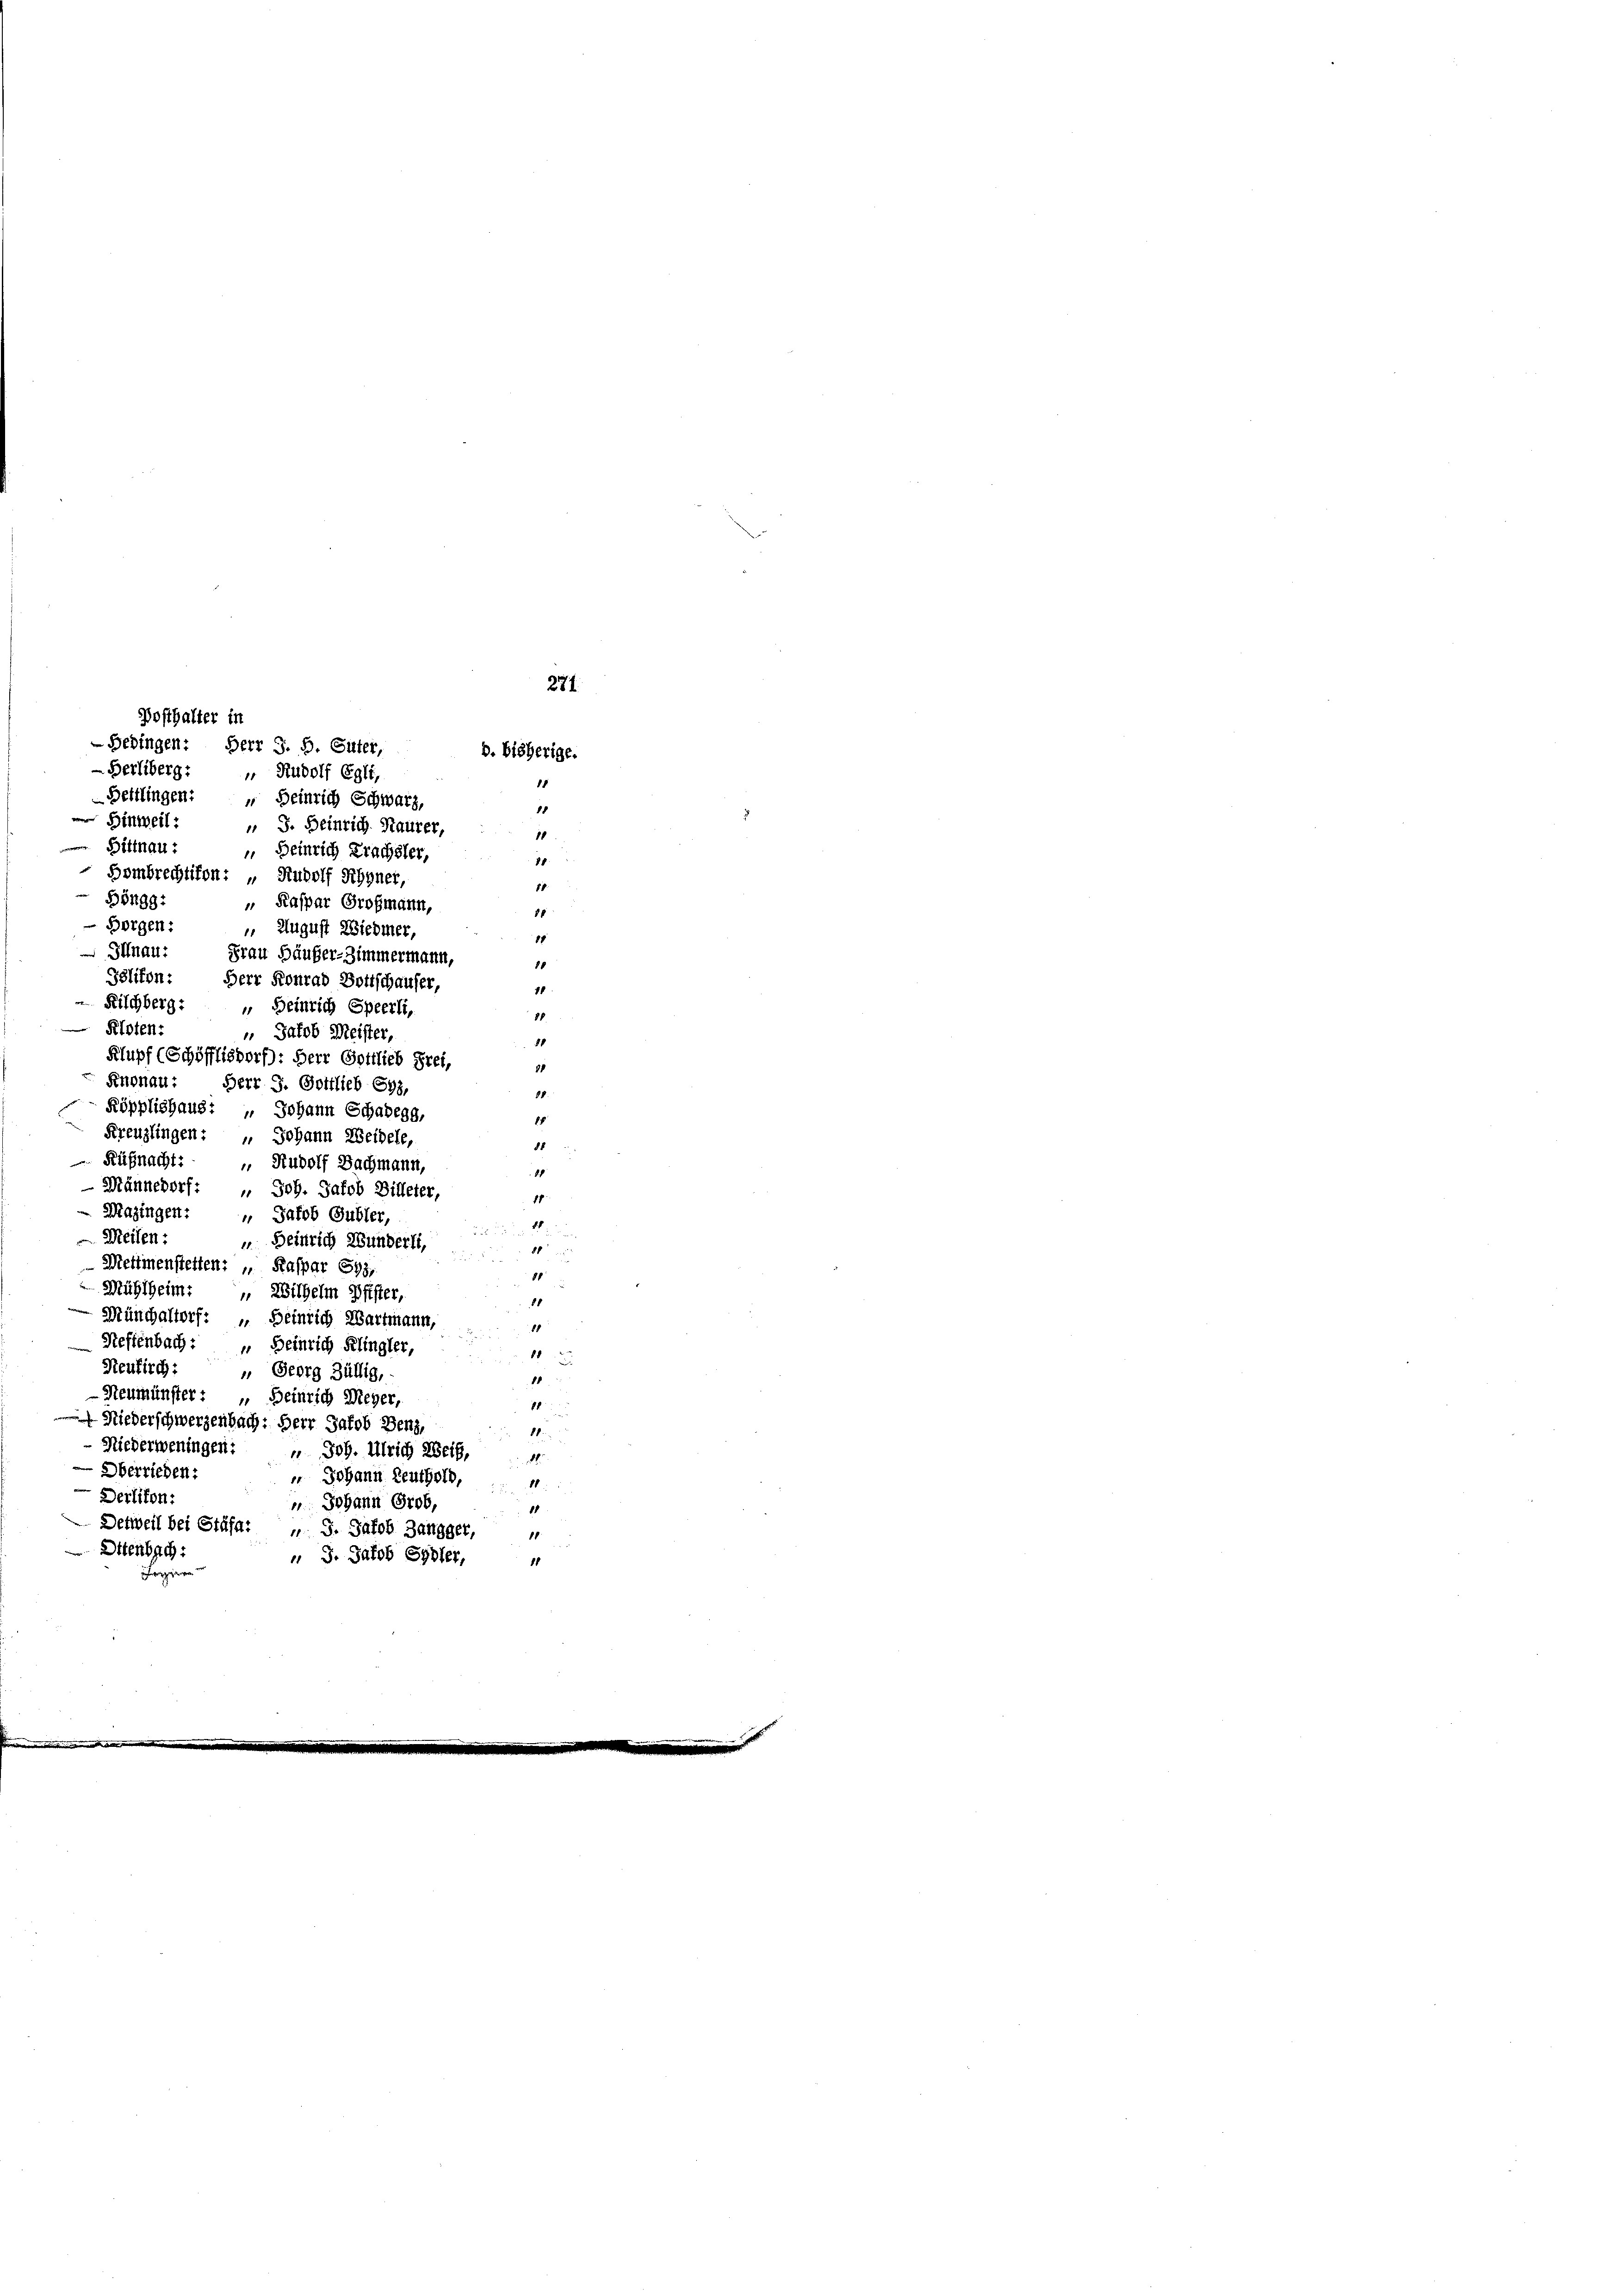
Posthalter in
-Berliberg:
 Hinweil:
 J. Heinrich Maurer,
1
Bittnau:
 Heinrich Krachsler,
18
Hombrechtikon: „ Rudolf Rhyner,
1
B5299.
„ Kaspar Großmann,
88
 Borgen:
 August Wiedmer,
87
 Illnau:
Frau Säuber-Zimmermann,
88
Pelikon: Herr Konrad Bottschauser,
18
Fischberg:
 Heinrich Speerli,
88
Kloten:
 Jakob Meister,
88
Klupf (Schöfflisdorf): Herr Gottlieb Frei,
81
Knonau:
Herr J. Gottlieb Eys,
88.
Röpplishaus: „ Johann Schadegg,
1
Kreuzlingen: " Johann Weidele,
88
Küßnacht:
 Rudolf Bachmann,
18
 Männedorf: " Joh. Jakob Billeter,
p
Mazingen: " Jakob Gubler,
4
Meilen:
 Heinrich Hunderli,
88

Mehmensteilten: „ Kaspar 593,
1
Mühlheim: „Wilhelm Pfister,
11
Münchaltorf: „Beinrich Wartmann, "
Keffenbach: „ Heinrich Klingler,

Reukirch:
 Georg Züllig,
1
Neumünster: „Heinrich Meyer,
p
 Niederschwerzenbach: Herr Jakob Benz,
80
Niederweningen: " Joh. Ulrich Weib,
4
Oberrieden:
 Johann Leuthold,
Derliton:
 Johann Grob,
11
Detweil bei Stäfa: „ 3. Jakob Zangger,
Ottenbach:
„ 3. Jakob Syster,
1
g

271.
Bedingen: Herr J. B. Güter,
8. bisherige.
" Rudolf Egli,
15
Bettlingen: Heinrich Schwarz,
15